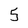
Character: 5